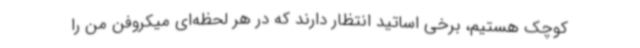
کوچک هستیم، برخی اساتید انتظار دارند که در هر لحظه‌ای میکروفن من را